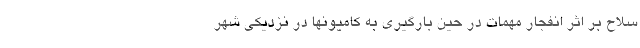
سلاح بر اثر انفجار مهمات در حین بارگیری به کامیونها در نزدیکی شهر